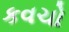
કવચો